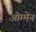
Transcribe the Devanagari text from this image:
ओम्मेन